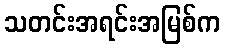
သတင်းအရင်းအမြစ်က